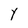
Character: Y